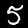
Digit: 5